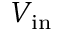
V _ { \mathrm { i n } }